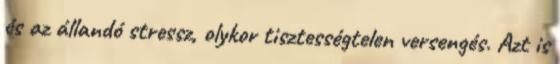
és az állandó stressz, olykor tisztességtelen versengés. Azt is